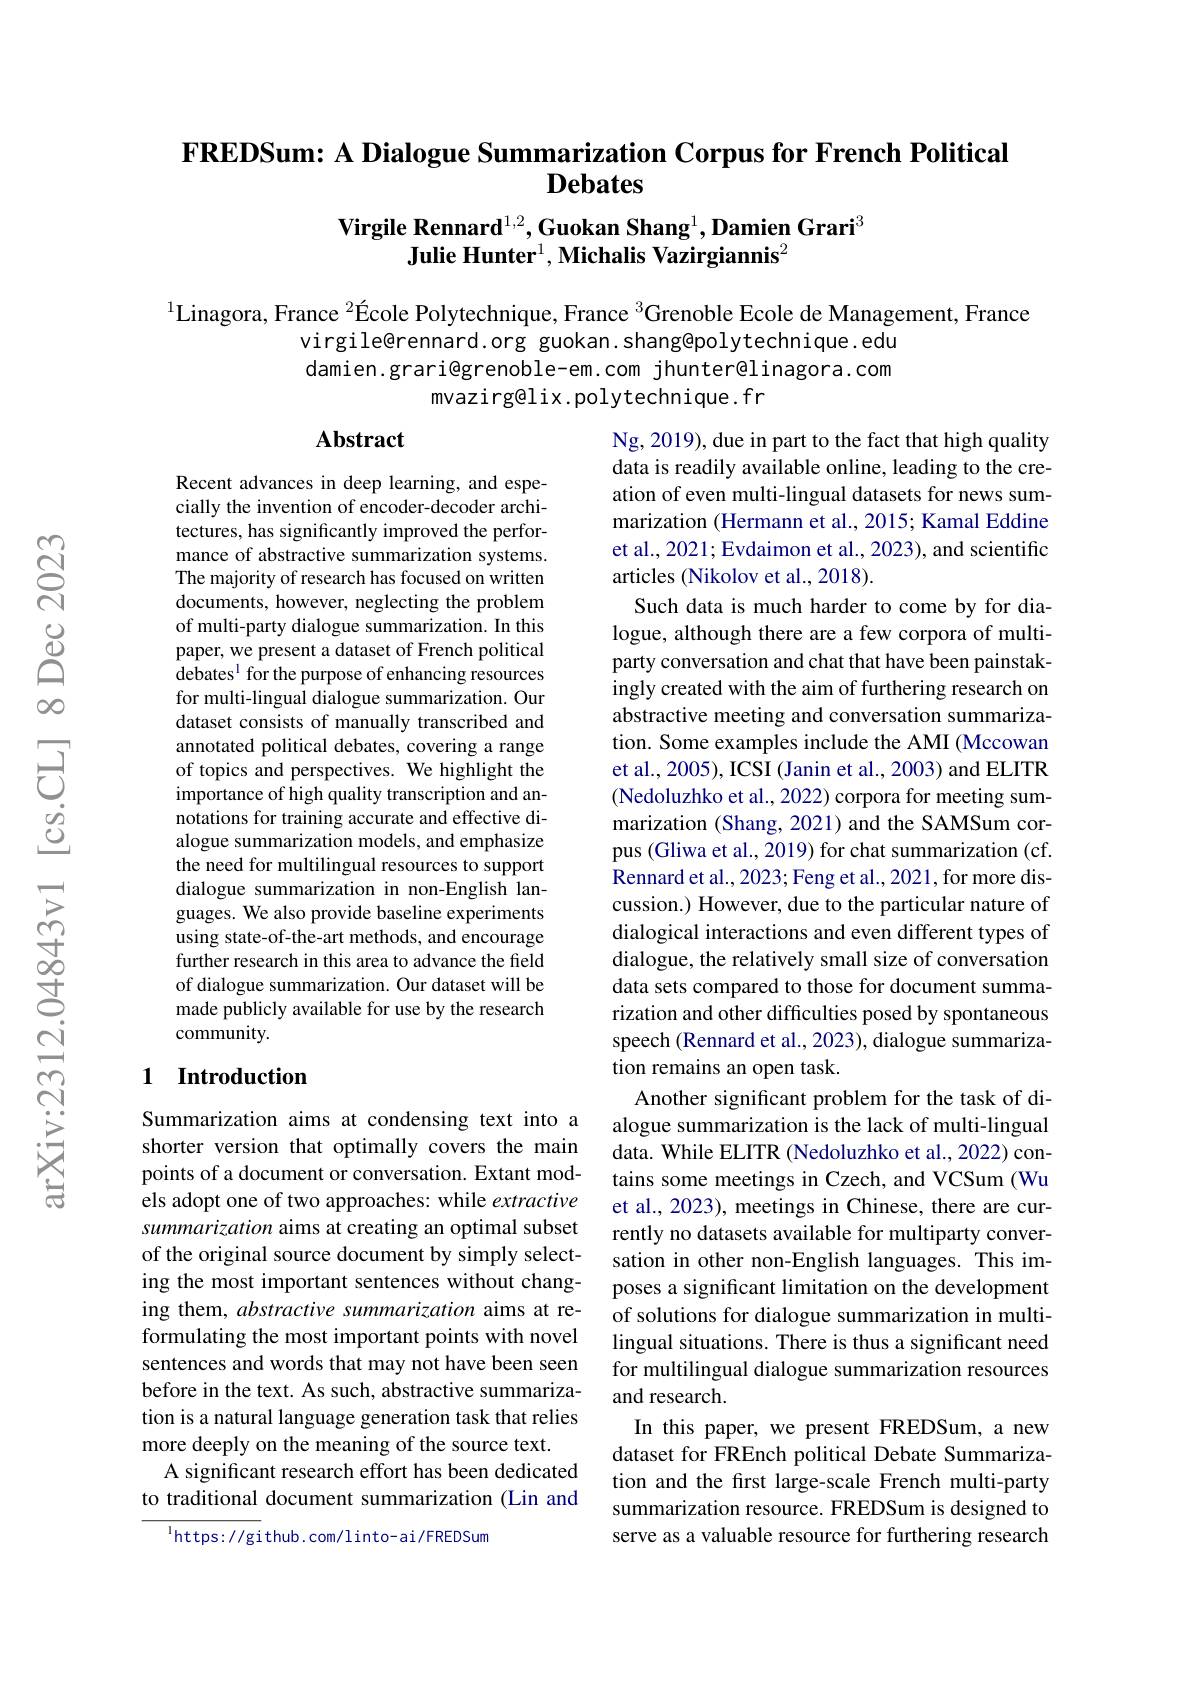
## FREDSum: A Dialogue Summarization Corpus for French Political Debates

Virgile Rennard$^1,2,\textbf{Guokan Shang}^1,\textbf{Damien Grari}^3$
Julie Hunter$^1,\textbf{Michalis Vazirgiannis}^2$

$^{1}$Linagora, France $^{2}\text{École Polytechnique, France }^{3}$Grenoble Ecole de Management, France
virgile@rennard.org guokan.shang@polytechnique.edu damien.grari@grenoble-em.com jhunter@linagora.com
mvazirg@lix.polytechnique.fr

## Abstract

Recent advances in deep learning, and especially the invention of encoder-decoder architectures, has significantly improved the performance of abstractive summarization systems. The majority of research has focused on written documents, however, neglecting the problem of multi-party dialogue summarization. In this paper, we present a dataset of French political $\hat{\text{debates}^{1}}$for the purpose of enhancing resources for multi-lingual dialogue summarization. Our dataset consists of manually transcribed and annotated political debates, covering a range of topics and perspectives. We highlight the importance of high quality transcription and annotations for training accurate and effective dialogue summarization models, and emphasize the need for multilingual resources to support dialogue summarization in non-English languages. We also provide baseline experiments using state-of-the-art methods, and encourage further research in this area to advance the field of dialogue summarization. Our dataset will be made publicly available for use by the research community.

Ng, 2019), due in part to the fact that high quality data is readily available online, leading to the creation of even multi-lingual datasets for news summarization (Hermann et al., 2015; Kamal Eddine et al., 2021; Evdaimon et al., 2023), and scientific articles (Nikolov et al., 2018).
Such data is much harder to come by for dialogue, although there are a few corpora of multiparty conversation and chat that have been painstakingly created with the aim of furthering research on abstractive meeting and conversation summarization. Some examples include the AMI (Mccowan et al., 2005), ICSI (Janin et al., 2003) and ELITR (Nedoluzhko et al., 2022) corpora for meeting summarization (Shang, 2021) and the SAMSum corpus (Gliwa et al., 2019) for chat summarization (cf. Rennard et al., 2023; Feng et al., 2021, for more discussion.) However, due to the particular nature of dialogical interactions and even different types of dialogue, the relatively small size of conversation data sets compared to those for document summarization and other difficulties posed by spontaneous speech (Rennard et al., 2023), dialogue summarization remains an open task.
Another significant problem for the task of dialogue summarization is the lack of multi-lingual data. While ELITR (Nedoluzhko et al., 2022) contains some meetings in Czech, and VCSum (Wu et al., 2023), meetings in Chinese, there are currently no datasets available for multiparty conversation in other non-English languages. This imposes a significant limitation on the development of solutions for dialogue summarization in multilingual situations. There is thus a significant need for multilingual dialogue summarization resources and research.
In this paper, we present FREDSum, a new dataset for FREnch political Debate Summarization and the first large-scale French multi-party summarization resource. FREDSum is designed to serve as a valuable resource for furthering research

## 1 Introduction

Summarization aims at condensing text into a shorter version that optimally covers the main points of a document or conversation. Extant models adopt one of two approaches: while extractive summarization aims at creating an optimal subset of the original source document by simply selecting the most important sentences without changing them, abstractive summarization aims at reformulating the most important points with novel sentences and words that may not have been seen before in the text. As such, abstractive summarization is a natural language generation task that relies more deeply on the meaning of the source text.
A significant research effort has been dedicated to traditional document summarization (Lin and

$^{\mathrm{l}}$https://github.com/linto-ai/FREDSum